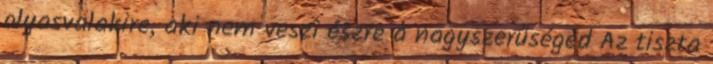
olyasvalakire, aki nem veszi észre a nagyszerűséged Az tiszta